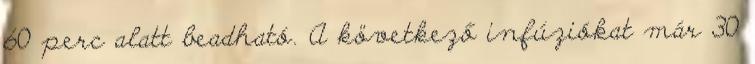
60 perc alatt beadható. A következő infúziókat már 30